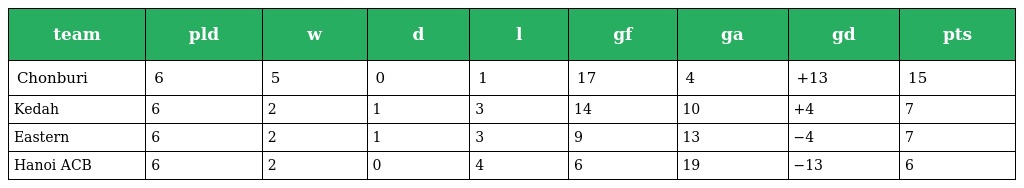
| team | pld | w | d | l | gf | ga | gd | pts |
 | --- | --- | --- | --- | --- | --- | --- | --- | --- |
 | Chonburi | 6 | 5 | 0 | 1 | 17 | 4 | +13 | 15 |
 | Kedah | 6 | 2 | 1 | 3 | 14 | 10 | +4 | 7 |
 | Eastern | 6 | 2 | 1 | 3 | 9 | 13 | −4 | 7 |
 | Hanoi ACB | 6 | 2 | 0 | 4 | 6 | 19 | −13 | 6 |